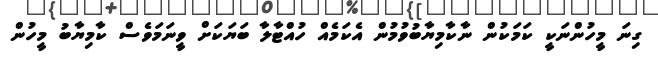
ގިނަ މީހުންނަކީ ކަމަކުން ނާކާމިޔާބުވުމުން އެކަމެއް ހުއްޓާލާ ބަޔަކަށް ވީނަމަވެސް ކާމިޔާބު މީހުން